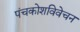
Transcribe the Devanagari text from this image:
पंचकोशविवेचन